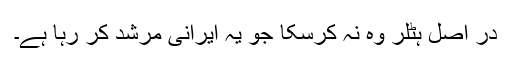
در اصل ہٹلر وه نہ کرسکا جو یہ ایرانى مرشد کر رہا ہے۔